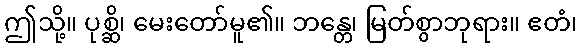
ဤသို့။ ပုစ္ဆိ၊ မေးတော်မူ၏။ ဘန္တေ၊ မြတ်စွာဘုရား။ ဧတံ၊